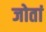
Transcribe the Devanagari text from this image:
जोतां